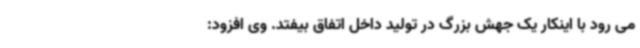
می رود با اینکار یک جهش بزرگ در تولید داخل اتفاق بیفتد. وی افزود: